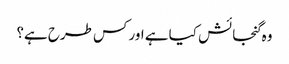
وہ گنجائش کیا ہے اور کس طرح ہے؟